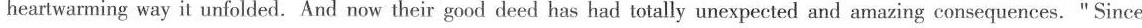
heartwarming way it unfolded. And now their good deed has had totally unexpected and amazing consequences. " Since